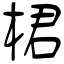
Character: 桾